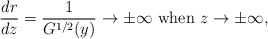
\begin{align*}\frac{dr}{dz} = \frac{1}{G^{1/2}(y)} \to \pm \infty \mbox{ when } z\to \pm \infty,\end{align*}